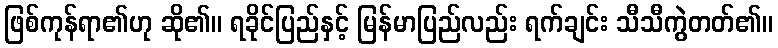
ဖြစ်ကုန်ရာ၏ဟု ဆို၏။ ရခိုင်ပြည်နှင့် မြန်မာပြည်လည်း ရက်ချင်း သီသီကွဲတတ်၏။